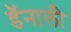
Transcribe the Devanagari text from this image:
डॅनाली